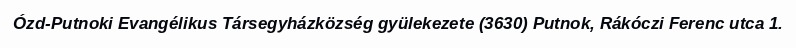
Ózd-Putnoki Evangélikus Társegyházközség gyülekezete (3630) Putnok, Rákóczi Ferenc utca 1.